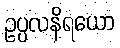
ဥပ္ပလနိရယော